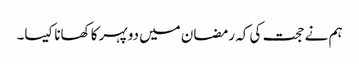
ہم نے حجت کی کہ رمضان میں دوپہر کا کھانا کیسا۔